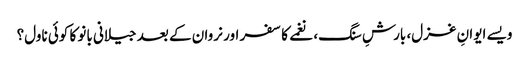
ویسے ایوانِ غزل، بارشِ سنگ، نغمے کا سفر اور نروان کے بعد جیلانی بانو کا کوئی ناول؟